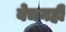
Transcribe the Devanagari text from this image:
बेचनही